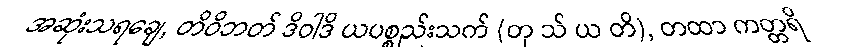
အဆုံးသရချေ, တိဝိဘတ် ဒိဝါဒိ ယပစ္စည်းသက် (တု သ် ယ တိ), တထာ ကတ္တရိ